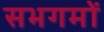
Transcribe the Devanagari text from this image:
सभगमों